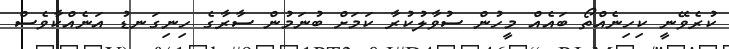
ކުރެވޭނީ ކިހިނެއްތޯ ބައެއް މީހުން ސުވާލުކުރާ ކަމަށް ބުނަމުން ސާރާގެ ހިނިގަނޑު އަނެއްކާވެސް